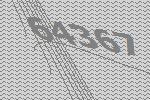
64367